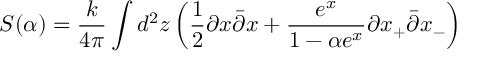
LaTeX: S ( \alpha ) = \frac { k } { 4 \pi } \int d ^ { 2 } z \left( \frac { 1 } { 2 } \partial x \bar { \partial } x + \frac { e ^ { x } } { 1 - \alpha e ^ { x } } \partial x _ { + } \bar { \partial } x _ { - } \right)